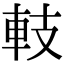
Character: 䡋